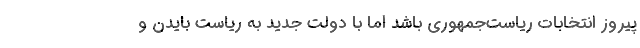
پیروز انتخابات ریاست‌جمهوری باشد اما با دولت جدید به ریاست بایدن و